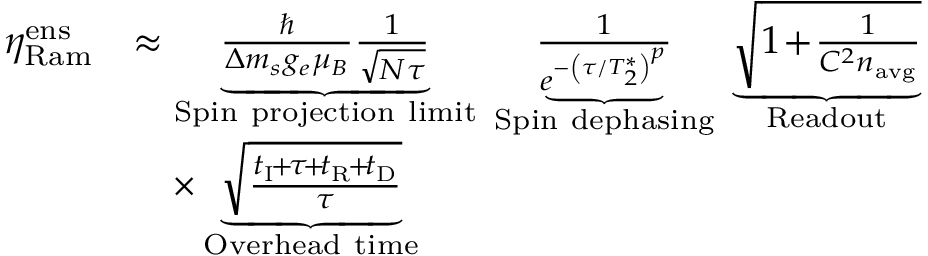
\begin{array} { r l } { \eta _ { \mathrm { R a m } } ^ { \mathrm { e n s } } } & { \approx \underbrace { \frac { \hbar } { \Delta m _ { s } g _ { e } \mu _ { B } } \frac { 1 } { \sqrt { N \tau } } } _ { \mathrm { S p i n ~ p r o j e c t i o n ~ l i m i t } } \; \underbrace { \frac { 1 } { e ^ { - \left( \tau / T _ { 2 } ^ { * } \right) ^ { p } } } } _ { \mathrm { S p i n ~ d e p h a s i n g } } \; \underbrace { \sqrt { 1 \! + \! \frac { 1 } { C ^ { 2 } n _ { \mathrm { a v g } } } } } _ { \mathrm { R e a d o u t } } \; } \\ & { \quad \times \underbrace { \sqrt { \frac { t _ { \mathrm { I } } \! + \! \tau \! + \! t _ { \mathrm { R } } \! + \! t _ { \mathrm { D } } } { \tau } } } _ { \mathrm { O v e r h e a d ~ t i m e } } } \end{array}